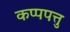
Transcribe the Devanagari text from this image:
कप्पपत्तु